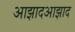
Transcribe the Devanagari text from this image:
आझादआझाद